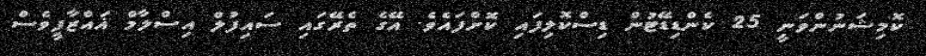
ކޮމިޝަނުންވަނީ 25 ކެންޑިޑޭޓުން ޑިސްކޮލިފައި ކޮށްފައެވެ. އޭގެ ތެރޭގައި ސައިފުލް އިސްލާމް ޣައްޒާފީވެސް